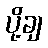
ပို့ချ